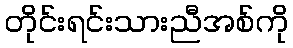
တိုင်းရင်းသားညီအစ်ကို